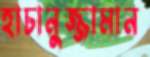
হাচানুজ্জামান